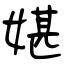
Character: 媅